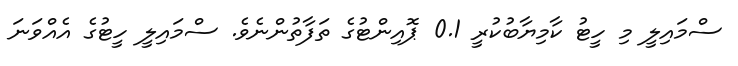
ސްމައިލީ މި ހީޓު ކާމިޔާބުކުރީ 0.1 ޕޮއިންޓުގެ ތަފާތުންނެވެ. ސްމައިލީ ހީޓުގެ އެއްވަނަ